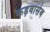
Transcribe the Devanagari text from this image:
कड़वासेब